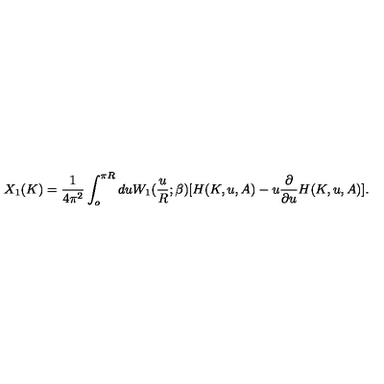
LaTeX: X _ { 1 } ( K ) = \frac { 1 } { 4 \pi ^ { 2 } } \int _ { o } ^ { \pi R } d u W _ { 1 } ( \frac { u } { R } ; \beta ) [ H ( K , u , A ) - u \frac { \partial } { \partial u } H ( K , u , A ) ] .